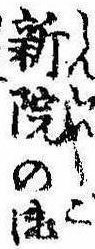
新院の御